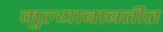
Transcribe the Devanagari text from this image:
मुल्याबाबतीत